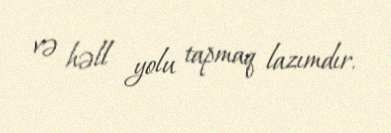
və həll yolu tapmaq lazımdır.